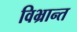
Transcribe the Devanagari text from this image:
विभ्रान्त